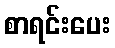
စာရင်းပေး